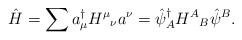
LaTeX: \begin{align*}\hat{H}=\sum a^\dag_\mu {H^\mu}_\nu a^\nu=\hat{\psi}^\dag_A {H^A}_B \hat{\psi}^B.\end{align*}